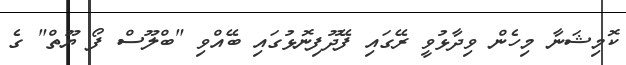
ކޮމިޝަނާ މިހެން ވިދާޅުވީ ރޭގައި ފޭދޫފިނޮޅުގައި ބޭއްވި "ބްލޫސް ފޯ ޔޫތް" ގެ